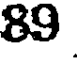
89